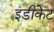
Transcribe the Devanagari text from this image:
इंडीकेट